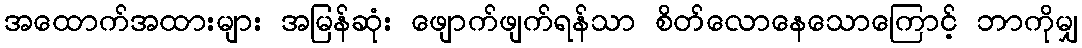
အထောက်အထားများ အမြန်ဆုံး ဖျောက်ဖျက်ရန်သာ စိတ်လောနေသောကြောင့် ဘာကိုမျှ